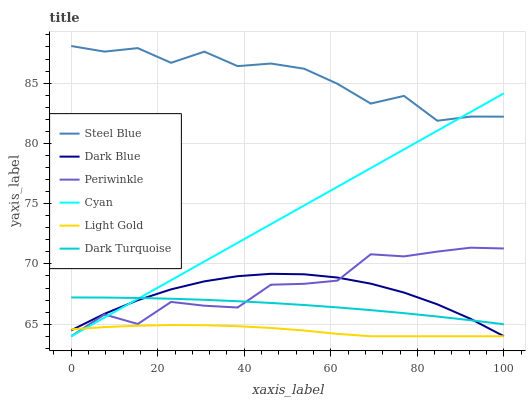
| xaxis_label | Steel Blue | Dark Blue | Periwinkle | Cyan | Light Gold | Dark Turquoise |
 | --- | --- | --- | --- | --- | --- | --- |
 | 0 | 88.1 | 64.5 | 64 | 64 | 64.6 | 67.2 |
 | 7.69 | 87.6 | 65.9 | 65.8 | 65.6 | 64.8 | 67.2 |
 | 15.4 | 87.9 | 67 | 65 | 67.1 | 64.9 | 67.2 |
 | 23.1 | 86.7 | 67.9 | 66.8 | 68.7 | 64.9 | 67.1 |
 | 30.8 | 87.6 | 68.6 | 66.5 | 70.2 | 64.9 | 67 |
 | 38.5 | 86.4 | 69 | 66.4 | 71.8 | 64.8 | 66.9 |
 | 46.2 | 86.6 | 69.2 | 68.3 | 73.3 | 64.7 | 66.8 |
 | 53.8 | 86.2 | 69.1 | 68.4 | 74.9 | 64.5 | 66.6 |
 | 61.5 | 84.9 | 68.9 | 68.6 | 76.4 | 64.2 | 66.4 |
 | 69.2 | 83.3 | 68.4 | 70.8 | 78 | 64 | 66.2 |
 | 76.9 | 83.9 | 67.6 | 70.6 | 79.5 | 64 | 65.9 |
 | 84.6 | 81.9 | 66.7 | 71 | 81.1 | 64 | 65.6 |
 | 92.3 | 82.2 | 65.4 | 71.3 | 82.6 | 64 | 65.3 |
 | 100 | 82.2 | 64 | 71.3 | 84.2 | 64 | 65 |